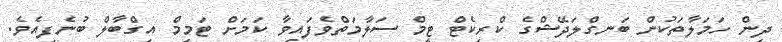
ދިން ހަމަލާތަކުން ބަނގްލަދޭޝްގެ ކްރިކެޓް ޓީމް ސަލާމަތްވެފައިވާ ކަމަށް ޓަމިމް އިގްބާލް ބުނެފިއެވެ.